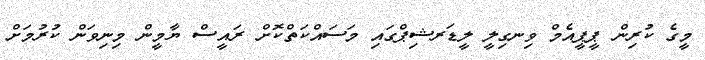
މީގެ ކުރިން ޕީޕީއެމް ވިނގިލީ ލީޑަރޝިޕްގައި މަސައްކަތްކޮށް ރައީސް ޔާމީން މިނިވަން ކުރުމަށް